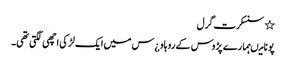
٭ سنسکرت گرل
پونا میںہمارے پڑوس کے رو ہاو ¿س میں ایک لڑکی اچھی لگتی تھی۔